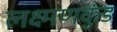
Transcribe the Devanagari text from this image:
लक्ष्मणकुंड